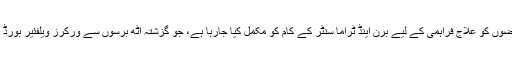
ان کے علاوہ صوبے میں جھلسنے والے مریضوں کو علاج فراہمی کے لیے برن اینڈ ٹراما سنٹر کے کام کو مکمل کیا جارہا ہے، جو گزشتہ آٹھ برسوں سے ورکرز ویلفئیر بورڈ کی عدم توجہی کے باعث تعطل کا شکار تھا۔